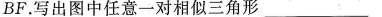
BF。写出图中任意一对相似三角形___